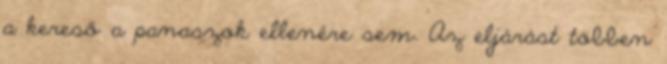
a kereső a panaszok ellenére sem. Az eljárást többen